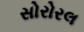
સોરોરલ